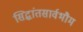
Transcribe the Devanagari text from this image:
सिद्धांतसार्वभौम